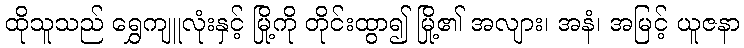
ထိုသူသည် ရွှေကျူလုံးနှင့် မြို့ကို တိုင်းထွာ၍ မြို့၏ အလျား၊ အနံ၊ အမြင့် ယူဇနာ